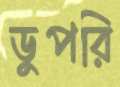
ডুপরি